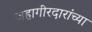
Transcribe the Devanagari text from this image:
जहागीरदारांच्या